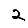
Digit: 2